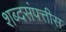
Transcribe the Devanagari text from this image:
शब्दसंपत्तीस